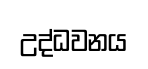
උද්ධවනය